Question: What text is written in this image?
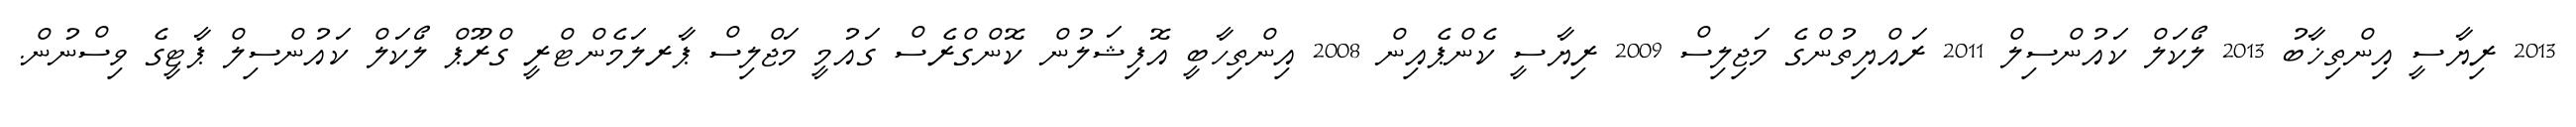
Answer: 2013 ރިޔާސީ އިންތިޚާބު 2013 ލޯކަލް ކައުންސިލް 2011 ރައްޔިތުންގެ މަޖިލިސް 2009 ރިޔާސީ ކެންޕެއިން 2008 އިންތިހާބީ އޮފިޝަލުން ކޮންގްރެސް ގައުމީ މަޖްލިސް ޕާރލަމެންޓްރީ ގްރޫޕް ލޯކަލް ކައުންސިލް ޕާޓީގެ ވިސްނުން.